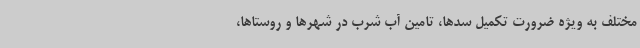
مختلف به ویژه ضرورت تکمیل سدها، تامین آب شرب در شهرها و روستاها،